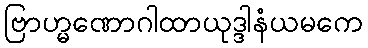
ဗြာဟ္မဏောဂါထာယုဒ္ဒါနံယမကေ